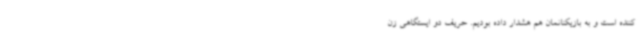
کننده است و به بازیکنانمان هم هشدار داده بودیم. حریف دو ایستگاهی زن